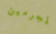
المجرمين